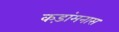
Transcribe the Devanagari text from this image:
कड़ांमनास